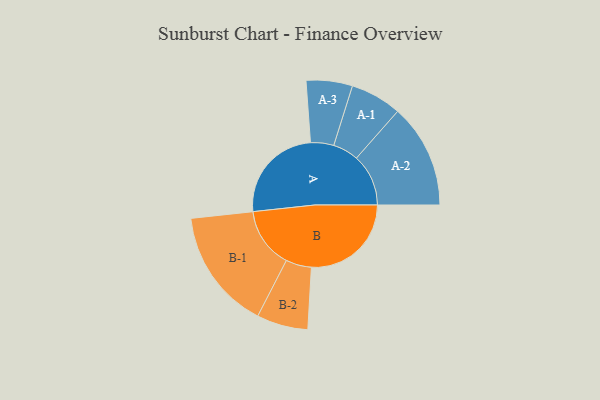
{"axis": {"x": "Segment", "y": "Value"}, "legend": ["", "A", "B"], "data": [{"x": "A", "y": 426, "type": ""}, {"x": "B", "y": 432, "type": ""}, {"x": "A-1", "y": 111, "type": "A"}, {"x": "A-2", "y": 225, "type": "A"}, {"x": "A-3", "y": 100, "type": "A"}, {"x": "B-1", "y": 262, "type": "B"}, {"x": "B-2", "y": 111, "type": "B"}]}